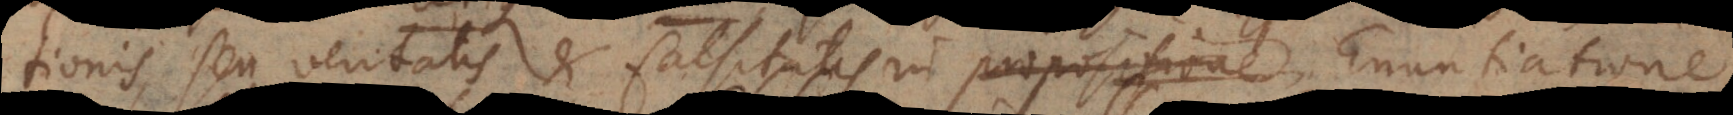
tionis, seu veritatis et falsitatis in propositione, Enuntiatione,